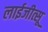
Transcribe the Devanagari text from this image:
लाईजीत्सू